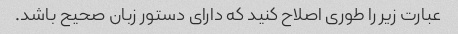
عبارت زیر را طوری اصلاح کنید که دارای دستور زبان صحیح باشد.